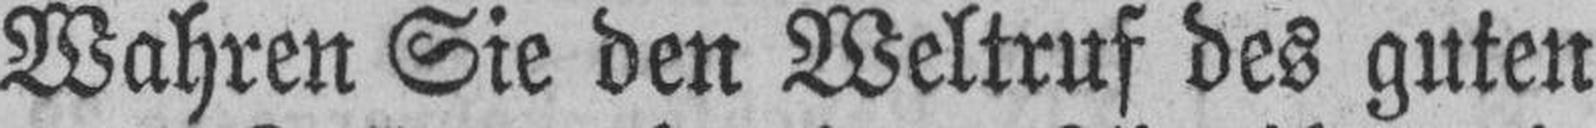
Wahren Sie den Weltruf des guten